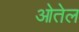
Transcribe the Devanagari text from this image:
ओतेल